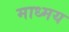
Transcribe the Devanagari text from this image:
माध्मय